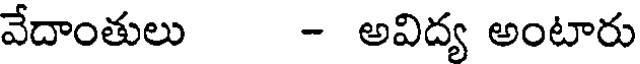
వేదాంతులు - అవిద్య అంటారు